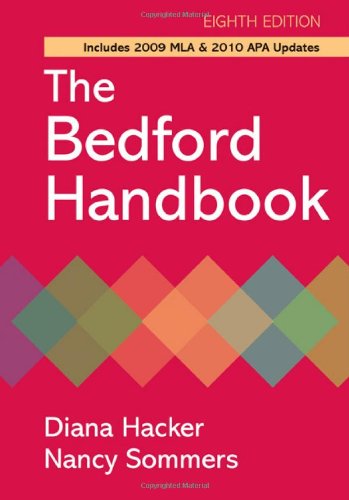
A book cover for The Bedford Handbook with 2009 MLA and 2010 APA Updates, Eighth Edition; Diana Hacker; Reference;